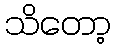
သိတော့